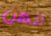
انهن